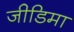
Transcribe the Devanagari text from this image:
जीडिमा